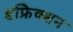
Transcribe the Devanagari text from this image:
डफ्रेिक्शन